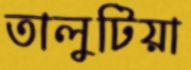
তালুটিয়া